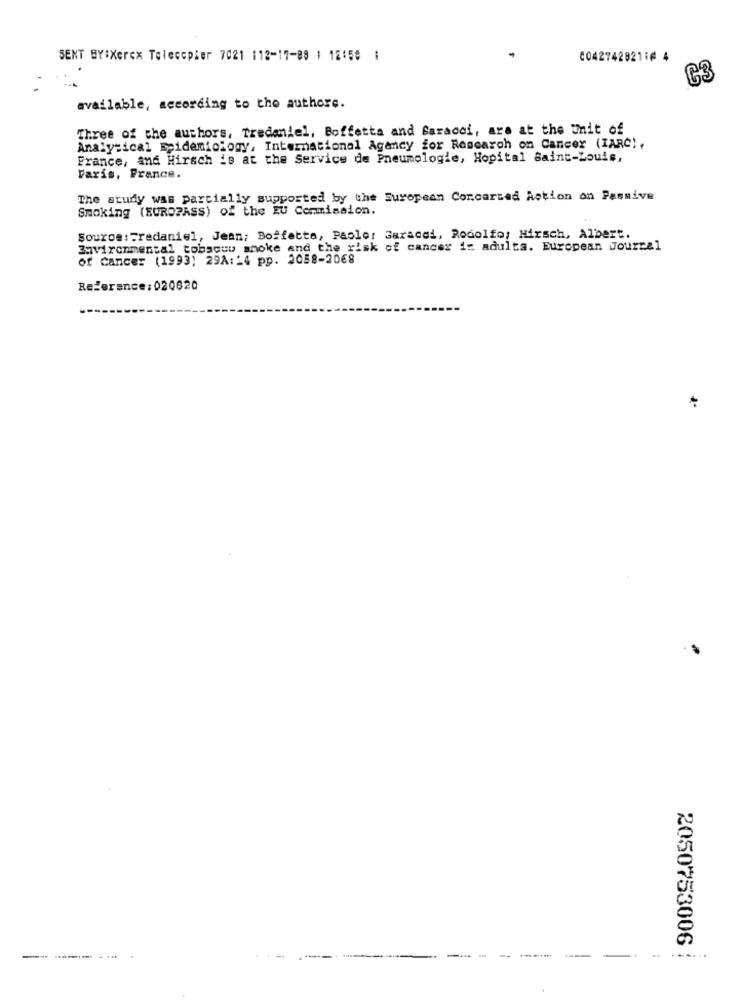
SENT BY:Xerex Telecopier 7021 112-17-88 1 12:58 :
00427428211# 4
C3
available, according to the authore.
Three of the authors, Tredaniel, Boffetta and Saracci, are at the Unit of
Analytical Epidemiology, International Agancy for Research on Cancer (IARC),
France, and Hirsch is at the Service de Pneumologie, Hopital Saint-Louis,
Paris, France.
The study was partially supported by the Suropean Concerted Action on Passive
Smoking (EUROPASS) of the EU Commission.
Source :Fredaniel, Jean; Boffatta, Paolo: Garacel, Rodolfo; Hirsch, Albert.
Environmental tobacco smoke and the risk of cancer is adults. European Journal
of Cancer (1993) 29A:14 pp. 2058-20€8
Rejerance: 020620
--
2050753006 :
.. .
---